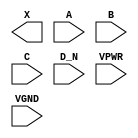
module sky130_fd_sc_hs__or4b (
    X   ,
    A   ,
    B   ,
    C   ,
    D_N ,
    VPWR,
    VGND
);

    output X   ;
    input  A   ;
    input  B   ;
    input  C   ;
    input  D_N ;
    input  VPWR;
    input  VGND;
endmodule